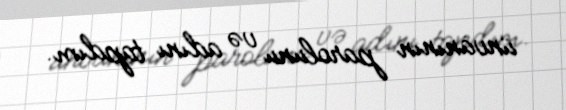
ünvanının parolunu və adını tapdım.